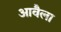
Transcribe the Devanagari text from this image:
आवैला